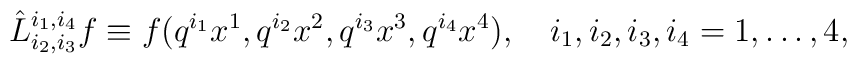
\hat{L}^{i_1,i_4}_{i_2,i_3} f\equiv f(q^{i_1} x^1,q^{i_2}x^2,q^{i_3}x^3,q^{i_4}x^4),\quad i_1,i_2,i_3,i_4 = 1,\dots ,4,